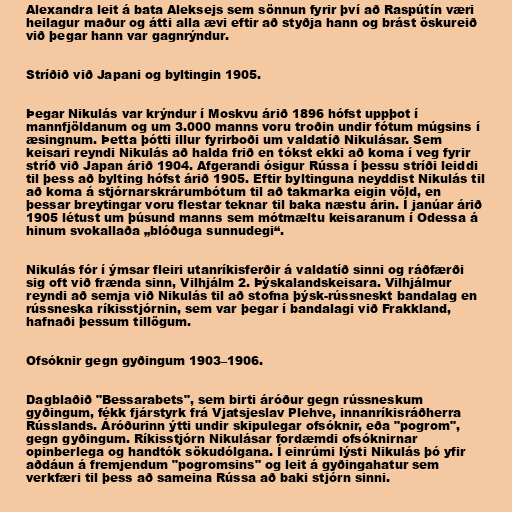
Alexandra leit á bata Aleksejs sem sönnun fyrir því að Raspútín væri
heilagur maður og átti alla ævi eftir að styðja hann og brást öskureið
við þegar hann var gagnrýndur.

Stríðið við Japani og byltingin 1905.

Þegar Nikulás var krýndur í Moskvu árið 1896 hófst uppþot í
mannfjöldanum og um 3.000 manns voru troðin undir fótum múgsins í
æsingnum. Þetta þótti illur fyrirboði um valdatíð Nikulásar. Sem
keisari reyndi Nikulás að halda frið en tókst ekki að koma í veg fyrir
stríð við Japan árið 1904. Afgerandi ósigur Rússa í þessu stríði leiddi
til þess að bylting hófst árið 1905. Eftir byltinguna neyddist Nikulás til
að koma á stjórnarskrárumbótum til að takmarka eigin völd, en
þessar breytingar voru flestar teknar til baka næstu árin. Í janúar árið
1905 létust um þúsund manns sem mótmæltu keisaranum í Odessa á
hinum svokallaða „blóðuga sunnudegi“.

Nikulás fór í ýmsar fleiri utanríkisferðir á valdatíð sinni og ráðfærði
sig oft við frænda sinn, Vilhjálm 2. Þýskalandskeisara. Vilhjálmur
reyndi að semja við Nikulás til að stofna þýsk-rússneskt bandalag en
rússneska ríkisstjórnin, sem var þegar í bandalagi við Frakkland,
hafnaði þessum tillögum.

Ofsóknir gegn gyðingum 1903–1906.

Dagblaðið "Bessarabets", sem birti áróður gegn rússneskum
gyðingum, fékk fjárstyrk frá Vjatsjeslav Plehve, innanríkisráðherra
Rússlands. Áróðurinn ýtti undir skipulegar ofsóknir, eða "pogrom",
gegn gyðingum. Ríkisstjórn Nikulásar fordæmdi ofsóknirnar
opinberlega og handtók sökudólgana. Í einrúmi lýsti Nikulás þó yfir
aðdáun á fremjendum "pogromsins" og leit á gyðingahatur sem
verkfæri til þess að sameina Rússa að baki stjórn sinni.